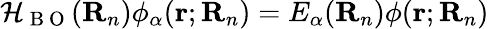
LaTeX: \mathcal{H}_{\mathrm{{~B~O~}}}(\mathbf{R}_{n})\phi_{\alpha}(\mathbf{r};\mathbf{R}_{n})=E_{\alpha}(\mathbf{R}_{n})\phi(\mathbf{r};\mathbf{R}_{n})